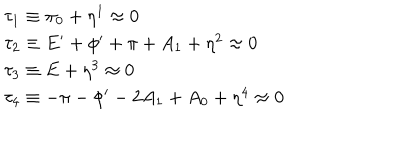
\begin{array} { l } { { \tau _ { 1 } \equiv \pi _ { 0 } + \eta ^ { 1 } \approx 0 } } \\ { { \tau _ { 2 } \equiv E ^ { \prime } + \phi ^ { \prime } + \pi + A _ { 1 } + \eta ^ { 2 } \approx 0 } } \\ { { \tau _ { 3 } \equiv E + \eta ^ { 3 } \approx 0 } } \\ { { \tau _ { 4 } \equiv - \pi - \phi ^ { \prime } - 2 A _ { 1 } + A _ { 0 } + \eta ^ { 4 } \approx 0 } } \\ \end{array}